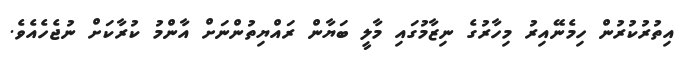
އިތުރުކުރުން ހިމެނޭއިރު މިހާރުގެ ނިޒާމުގައި މާލީ ބަޔާން ރައްޔިތުންނަށް އާންމު ކުރާކަށް ނުޖެހެއެވެ.